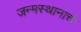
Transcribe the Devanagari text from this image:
जन्मस्थानाचे